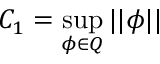
C _ { 1 } = \operatorname* { s u p } _ { \phi \in Q } | | \phi | |